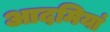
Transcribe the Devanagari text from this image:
आदमियां